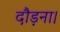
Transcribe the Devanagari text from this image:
दौड़ना।